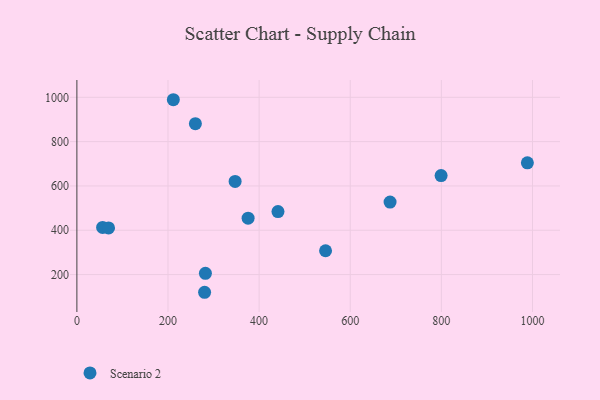
{"axis": {"x": "Distance", "y": "Profit"}, "legend": ["Scenario 2"], "data": [{"x": "799.4", "y": 647.0, "type": "Scenario 2"}, {"x": "988.8", "y": 704.4, "type": "Scenario 2"}, {"x": "260.1", "y": 880.8, "type": "Scenario 2"}, {"x": "545.8", "y": 307.4, "type": "Scenario 2"}, {"x": "56.5", "y": 412.7, "type": "Scenario 2"}, {"x": "687.4", "y": 527.3, "type": "Scenario 2"}, {"x": "441.4", "y": 484.4, "type": "Scenario 2"}, {"x": "282.1", "y": 205.4, "type": "Scenario 2"}, {"x": "211.7", "y": 989.1, "type": "Scenario 2"}, {"x": "280.3", "y": 120.1, "type": "Scenario 2"}, {"x": "69.5", "y": 410.6, "type": "Scenario 2"}, {"x": "375.8", "y": 454.5, "type": "Scenario 2"}, {"x": "347.3", "y": 620.4, "type": "Scenario 2"}]}